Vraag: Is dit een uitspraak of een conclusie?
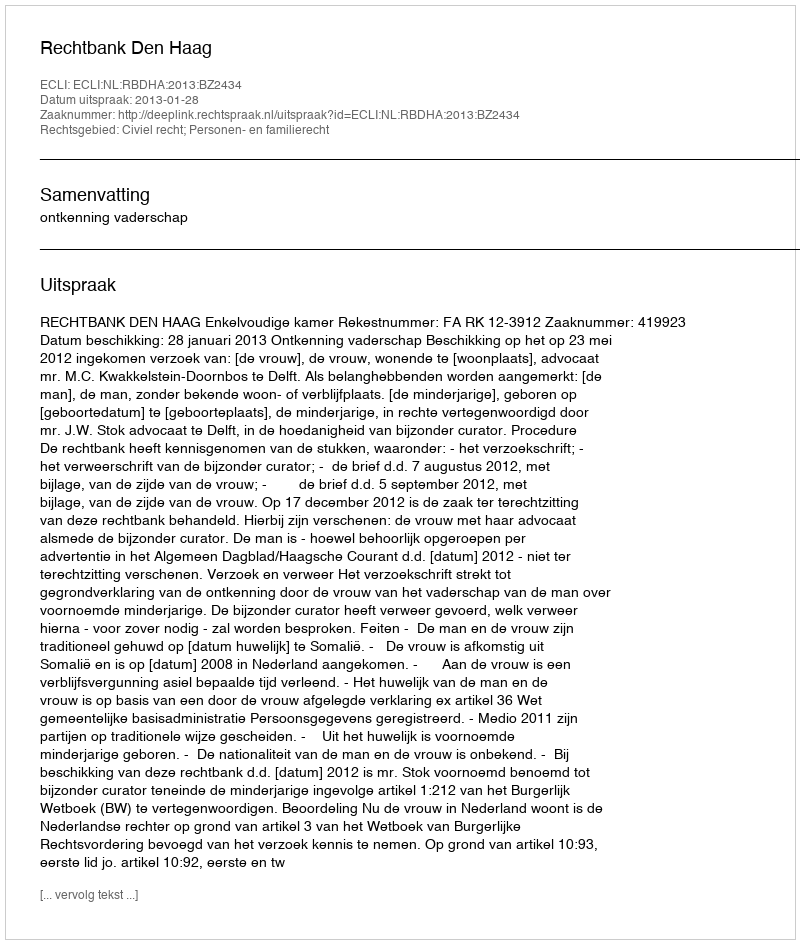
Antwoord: Uitspraak